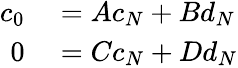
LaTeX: \begin{array}{rl}{c_{0}}&{{}=Ac_{N}+Bd_{N}}\\ {0}&{{}=Cc_{N}+Dd_{N}}\end{array}